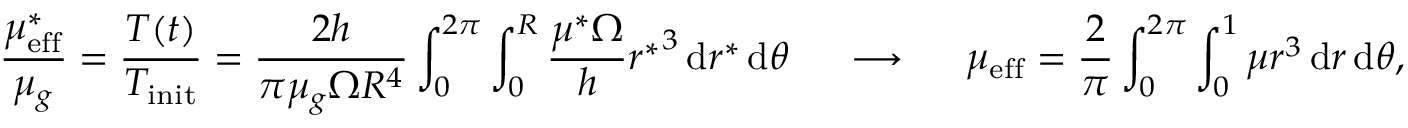
\frac { \mu _ { \mathrm { e f f } } ^ { * } } { \mu _ { g } } = \frac { T ( t ) } { T _ { \mathrm { i n i t } } } = \frac { 2 h } { \pi \mu _ { g } \Omega R ^ { 4 } } \int _ { 0 } ^ { 2 \pi } \int _ { 0 } ^ { R } \frac { \mu ^ { * } \Omega } { h } { r ^ { * } } ^ { 3 } \, \mathrm { d } r ^ { * } \, \mathrm { d } \theta ~ ~ ~ ~ \longrightarrow ~ ~ ~ ~ \mu _ { \mathrm { e f f } } = \frac { 2 } { \pi } \int _ { 0 } ^ { 2 \pi } \int _ { 0 } ^ { 1 } \mu { r } ^ { 3 } \, \mathrm { d } r \, \mathrm { d } \theta ,